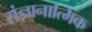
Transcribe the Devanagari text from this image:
संज्ञानात्मिक